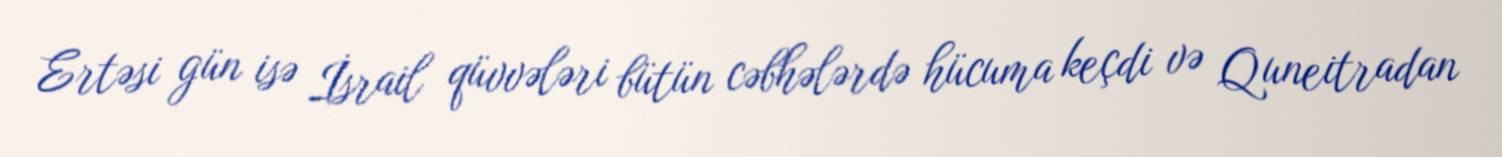
Ertəsi gün isə İsrail qüvvələri bütün cəbhələrdə hücuma keçdi və Quneitradan